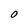
Character: O